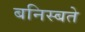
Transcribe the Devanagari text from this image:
बनिस्बते